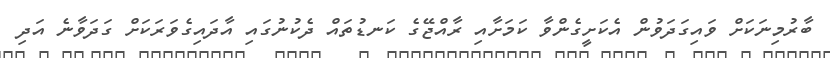
ބާރުމިނަކަށް ވައިގަދަވުން އެކަށީގެންވާ ކަމަށާއި ރާއްޖޭގެ ކަނޑުތައް ދެކުނުގައި އާދައިގެވަރަކަށް ގަދަވާނެ އަދި